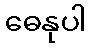
ဓေနုပါ